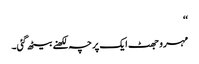
‘‘
مہرو جھٹ ایک پرچہ لکھنے بیٹھ گئی۔